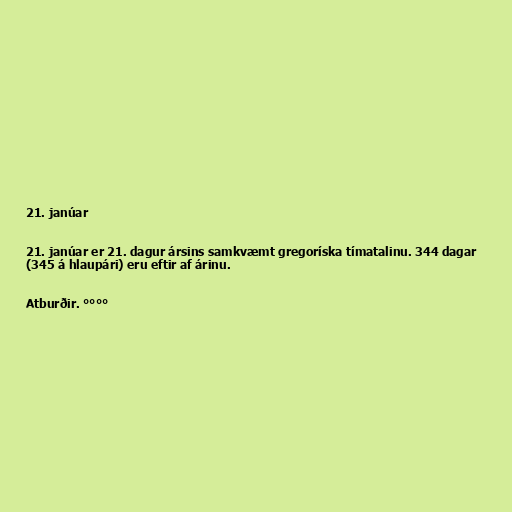
21. janúar

21. janúar er 21. dagur ársins samkvæmt gregoríska tímatalinu. 344 dagar
(345 á hlaupári) eru eftir af árinu.

Atburðir. °°°°